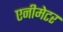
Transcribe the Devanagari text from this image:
एनीमेटर